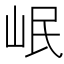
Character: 岷